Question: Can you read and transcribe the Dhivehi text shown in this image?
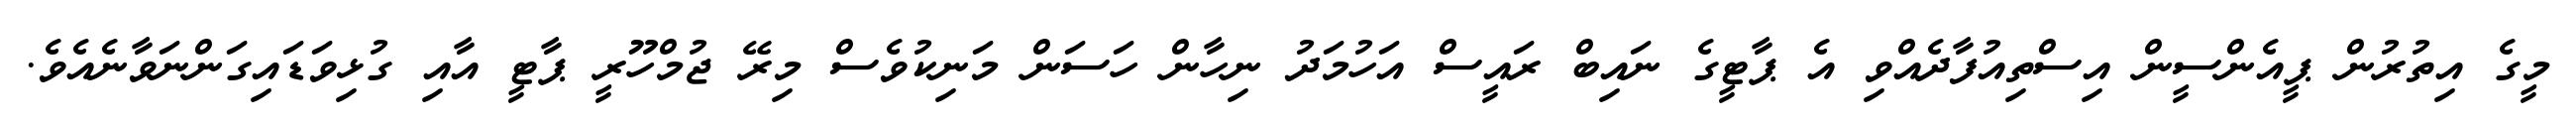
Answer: މީގެ އިތުރުން ޕީއެންސީން އިސްތިއުފާދެއްވި އެ ޕާޓީގެ ނައިބް ރައީސް އަހުމަދު ނިހާން ހަސަން މަނިކުވެސް މިރޭ ޖުމްހޫރީ ޕާޓީ އާއި ގުޅިވަޑައިގަންނަވާނެއެވެ.